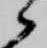
候